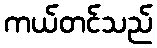
ကယ်တင်သည်